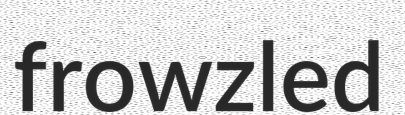
frowzled